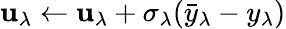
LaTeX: \mathbf{u}_{\lambda}\leftarrow\mathbf{u}_{\lambda}+\sigma_{\lambda}(\bar{{y}}_{\lambda}-y_{\lambda})